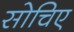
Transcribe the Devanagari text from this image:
सोचिए